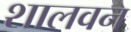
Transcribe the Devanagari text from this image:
शालवन